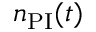
n _ { \mathrm { P I } } ( t )